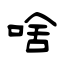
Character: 啥